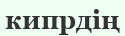
кипрдің